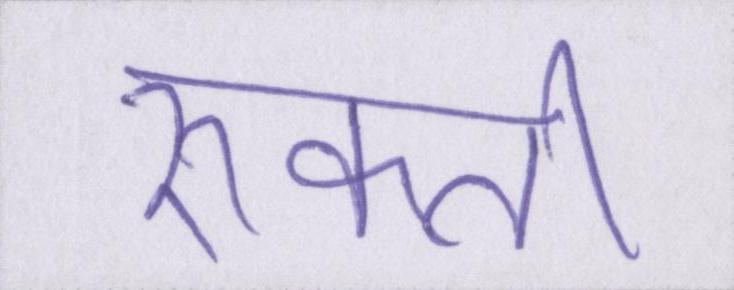
रुकती